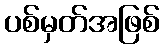
ပစ်မှတ်အဖြစ်